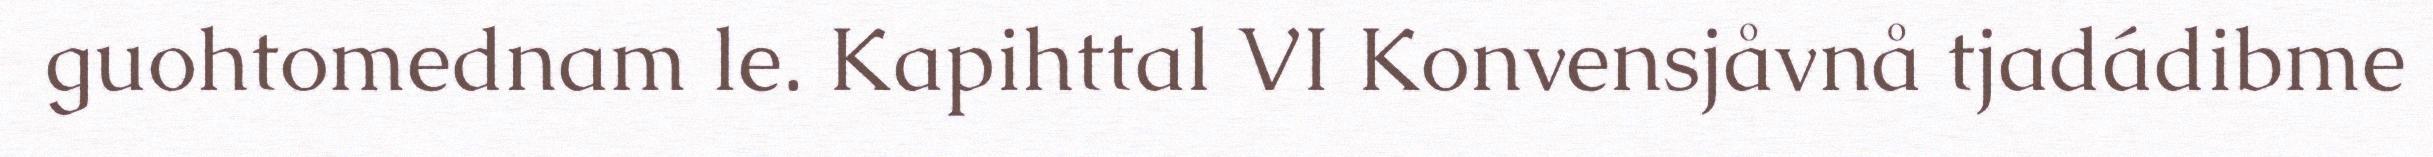
guohtomednam le. Kapihttal VI Konvensjåvnå tjadádibme